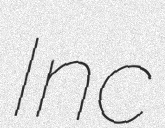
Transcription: Inc